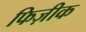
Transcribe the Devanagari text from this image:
फिज़ीक